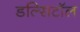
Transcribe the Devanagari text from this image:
डल्सिटॉल